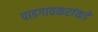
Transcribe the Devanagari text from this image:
पाडगावकरांकडे